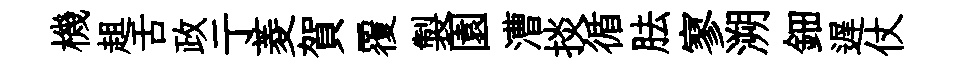
機趄舌政亍菱賀覆製園漕掞循胠寥溯鈿遅仗